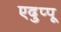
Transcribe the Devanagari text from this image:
एदुप्पू